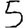
Digit: 5